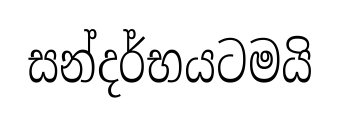
සන්දර්භයටමයි